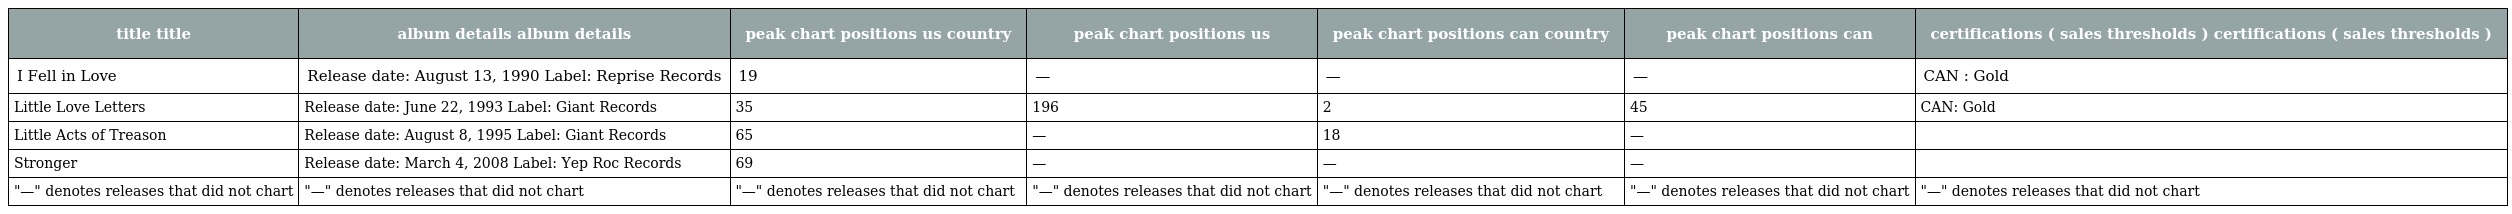
| title title | album details album details | peak chart positions us country | peak chart positions us | peak chart positions can country | peak chart positions can | certifications ( sales thresholds ) certifications ( sales thresholds ) |
 | --- | --- | --- | --- | --- | --- | --- |
 | I Fell in Love | Release date: August 13, 1990 Label: Reprise Records | 19 | — | — | — | CAN : Gold |
 | Little Love Letters | Release date: June 22, 1993 Label: Giant Records | 35 | 196 | 2 | 45 | CAN: Gold |
 | Little Acts of Treason | Release date: August 8, 1995 Label: Giant Records | 65 | — | 18 | — |  |
 | Stronger | Release date: March 4, 2008 Label: Yep Roc Records | 69 | — | — | — |  |
 | "—" denotes releases that did not chart | "—" denotes releases that did not chart | "—" denotes releases that did not chart | "—" denotes releases that did not chart | "—" denotes releases that did not chart | "—" denotes releases that did not chart | "—" denotes releases that did not chart |